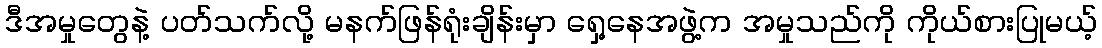
ဒီအမှုတွေနဲ့ ပတ်သက်လို့ မနက်ဖြန်ရုံးချိန်းမှာ ရှေ့နေအဖွဲ့က အမှုသည်ကို ကိုယ်စားပြုမယ့်